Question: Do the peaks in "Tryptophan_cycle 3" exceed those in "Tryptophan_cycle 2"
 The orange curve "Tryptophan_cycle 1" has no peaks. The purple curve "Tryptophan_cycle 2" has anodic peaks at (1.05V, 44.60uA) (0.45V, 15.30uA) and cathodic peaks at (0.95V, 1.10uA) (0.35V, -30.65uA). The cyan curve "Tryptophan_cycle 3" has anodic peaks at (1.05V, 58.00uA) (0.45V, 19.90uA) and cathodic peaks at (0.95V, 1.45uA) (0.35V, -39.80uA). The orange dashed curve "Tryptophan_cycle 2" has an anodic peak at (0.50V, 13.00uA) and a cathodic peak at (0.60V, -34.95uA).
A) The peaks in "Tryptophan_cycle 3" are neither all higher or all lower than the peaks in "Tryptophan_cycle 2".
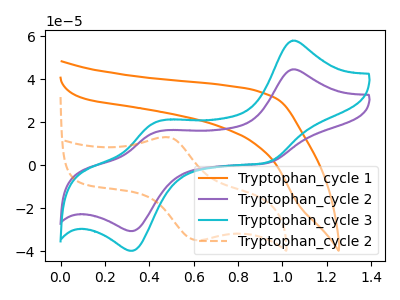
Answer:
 <answer>A) The peaks in "Tryptophan_cycle 3" are neither all higher or all lower than the peaks in "Tryptophan_cycle 2".</answer>
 <eval>A</eval>